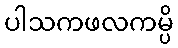
ပါသကဖလကမ္ပိ